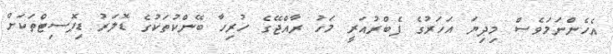
އެހެންނަމަވެސް މިދިޔަ އަހަރުގެ ފެބްރުއަރީ މަހު ރާއްޖޭގެ ހުރިހާ ބޭންކުތަކުގެ ޑޮލަރު ޑިޕޮސިޓްތަކަށް